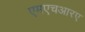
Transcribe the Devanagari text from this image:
एमएचआरए